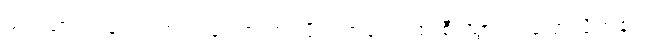
မင်းသားကလေး အင်ဒရေက တပ်ဗိုလ်ကလေးထံ စီးသွား၍ ပြောလိုက်၏။